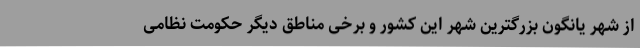
از شهر یانگون بزرگترین شهر این کشور و برخی مناطق دیگر حکومت نظامی